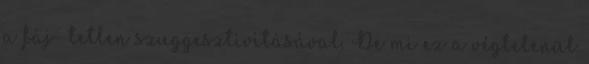
a fáj- tetlen szuggesztivitásával. De mi ez a végtelenül